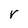
Character: r